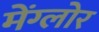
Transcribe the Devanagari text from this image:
मेंग्लोर